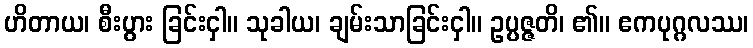
ဟိတာယ၊ စီးပွား ခြင်းငှါ။ သုခါယ၊ ချမ်းသာခြင်းငှါ။ ဥပ္ပဇ္ဇတိ၊ ၏။ ဧကပုဂ္ဂလဿ၊